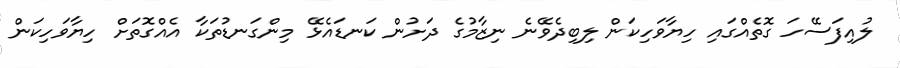
ލުއިފަސޭހަ ގޮތެއްގައި ހިޔާވަހިކަން ލިބިދެވޭނެ ނިޒާމުގެ ދަށުން ކަނޑައެޅޭ މިންގަނޑުތަކާ އެއްގޮތަށް ހިޔާވަހިކަން